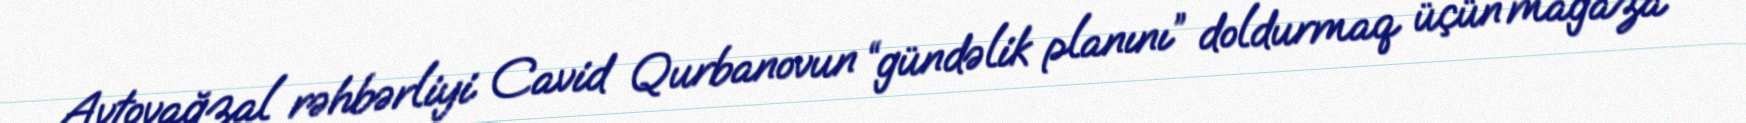
Avtovağzal rəhbərliyi Cavid Qurbanovun “gündəlik planını” doldurmaq üçün mağaza